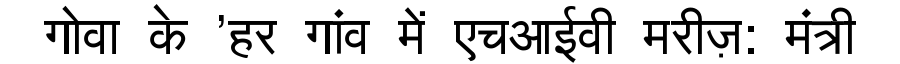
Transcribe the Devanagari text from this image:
गोवा के 'हर गांव में एचआईवी मरीज़: मंत्री